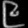
Digit: ၉